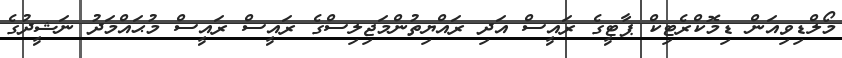
މޯލްޑިވިއަން ޑިމޮކްރެޓިކް ޕާޓީގެ ރައީސް އަދި ރައްޔިތުންމަޖިލިސްގެ ރައީސް ރައީސް މުޙައްމަދު ނަޝީދުގެ